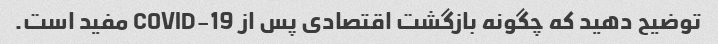
توضیح دهید که چگونه بازگشت اقتصادی پس از COVID-19 مفید است.